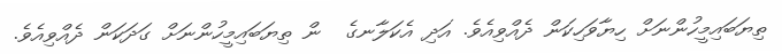
ތިޔަބައިމީހުންނަށް ހިޔާވަހިކަން ދެއްވިއެވެ. އަދި އެކަލާނގެ  ން ތިޔަބައިމީހުންނަށް ގަދަކަން ދެއްވިއެވެ.